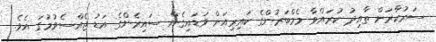
ސަރުކާރަށް ތާއިދު ކުރައްވާ މެމްބަރުންގެ ކައިރިއަށް ވަޑައިގެން ސައިރެންގެ އަޑު ޖެއްސެވުމުގަ އެވެ.